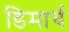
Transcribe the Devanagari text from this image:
डिमार्च